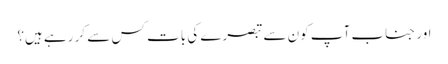
اور جناب آپ کون سے تبصرے کی بات کس سے کر رہے ہیں؟